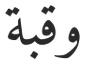
وقبة